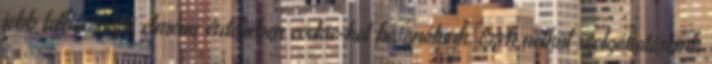
jobb felhasználói élmény érdekében cookie-kat használunk. Ezek nélkül szolgáltatásaink